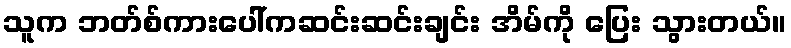
သူက ဘတ်စ်ကားပေါ်ကဆင်းဆင်းချင်း အိမ်ကို ပြေး သွားတယ်။